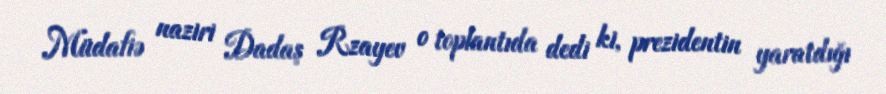
Müdafiə naziri Dadaş Rzayev o toplantıda dedi ki, prezidentin yaratdığı